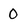
Character: 0